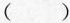
()